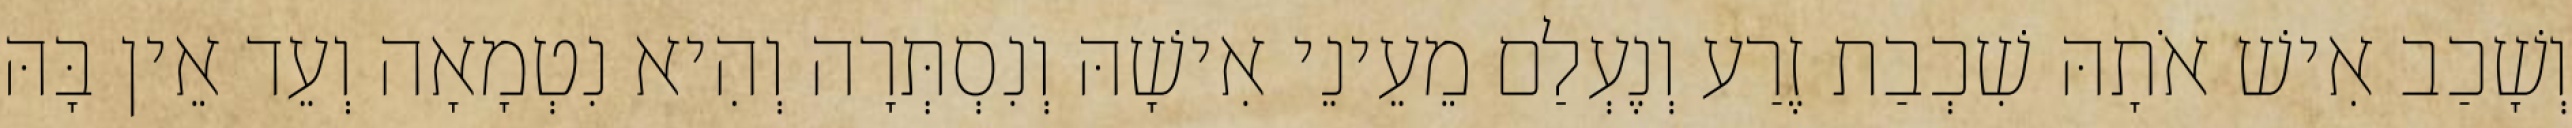
וְשָׁכַב אִישׁ אֹתָהּ שִׁכְבַת זֶרַע וְנֶעְלַם מֵעֵינֵי אִישָׁהּ וְנִסְתְּרָה וְהִיא נִטְמָאָה וְעֵד אֵין בָּהּ